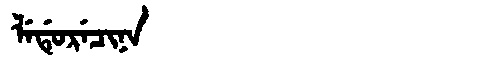
Manchu: ᠯᡝᡩᡠᡵᡝᠴᡳᠨᠠ
Romanization: LEDURECINA